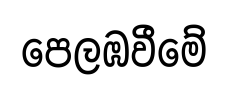
පෙලඹවීමේ